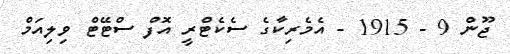
ޖޫން 9 - 1915 - އެމެރިކާގެ ސެކެޓްރީ އޮފް ސްޓޭޓް ވިލިއަމް